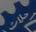
حلات